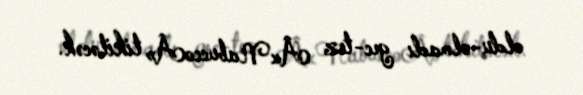
oldu-olmadı gec-tez Â«NabuccoÂ» tikiləcək.